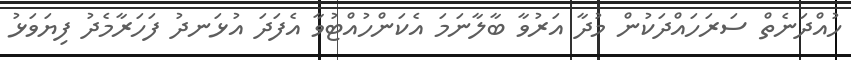
ހުއްދަނެތް ސަރަހައްދަކުން މުދާ އަރުވާ ބާލާނަމަ އެކަންހުއްޓުވާ އެފަދަ އުޅަނދު ފަހަރާމެދު ފިޔަވަޅު